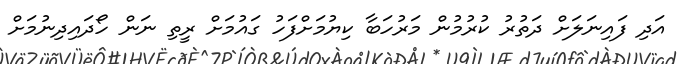
އަދި ފައިނަލަށް ދަތުރު ކުރުމުން މަރުހަބާ ކިޔުމަށްފަހު ގައުމަށް ރީތި ނަން ހޯދައިދިނުމަށް